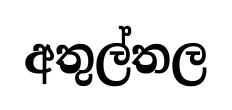
අතුල්තල